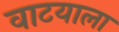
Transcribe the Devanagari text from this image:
वाटयाला